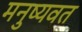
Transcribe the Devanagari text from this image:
मनुष्यवत